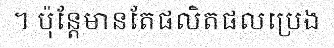
។ ប៉ុន្តែមានតែផលិតផលប្រេង